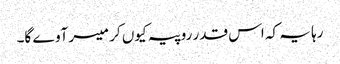
رہا یہ کہ اس قدر روپیہ کیوں کر میسر آوے گا۔